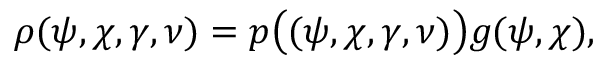
\rho ( \psi , \chi , \gamma , \nu ) = p \big ( \c ( \psi , \chi , \gamma , \nu ) \big ) g ( \psi , \chi ) ,